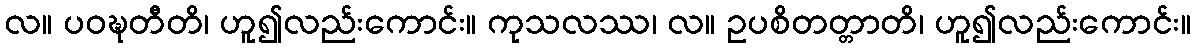
လ။ ပဝဍ္ဎတီတိ၊ ဟူ၍လည်းကောင်း။ ကုသလဿ၊ လ။ ဥပစိတတ္တာတိ၊ ဟူ၍လည်းကောင်း။